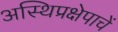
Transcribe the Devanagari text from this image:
अस्थिप्रक्षेपाचें